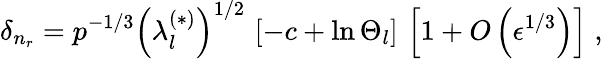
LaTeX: \delta_{n_{r}}=p^{-1/3}\left(\lambda_{l}^{(\ast)}\right)^{1/2}\, \left[-c+\ln\Theta_{l}\right]\, \left[1+O\left(\epsilon^{1/3}\right)\right]\; ,